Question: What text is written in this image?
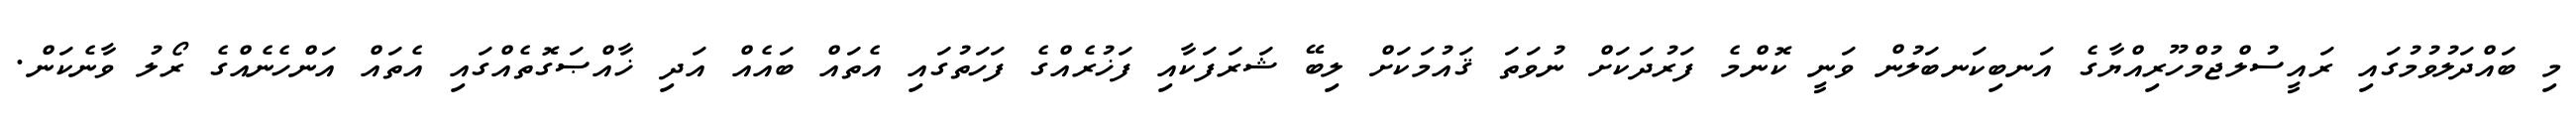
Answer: މި ބައްދަލުވުމުގައި ރައީސުލްޖުމްހޫރިއްޔާގެ އަނބިކަނބަލުން ވަނީ ކޮންމެ ފަރުދަކަށް ނުވަތަ ޤައުމަކަށް ލިބޭ ޝަރަފަކާއި ފަޚުރެއްގެ ފަހަތުގައި އެތައް ބައެއް އަދި ޚާއްޞަގޮތެއްގައި އެތައް އަންހެނެއްގެ ރޯލު ވާނެކަން.